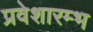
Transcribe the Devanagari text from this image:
प्रवेशारम्भ